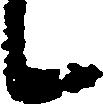
候